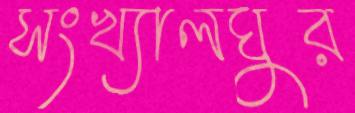
সংখ্যালঘুর